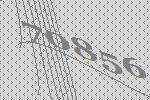
70856